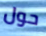
حول